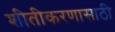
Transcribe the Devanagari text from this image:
शीतीकरणासाठी